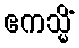
ဧကသ္မိံ